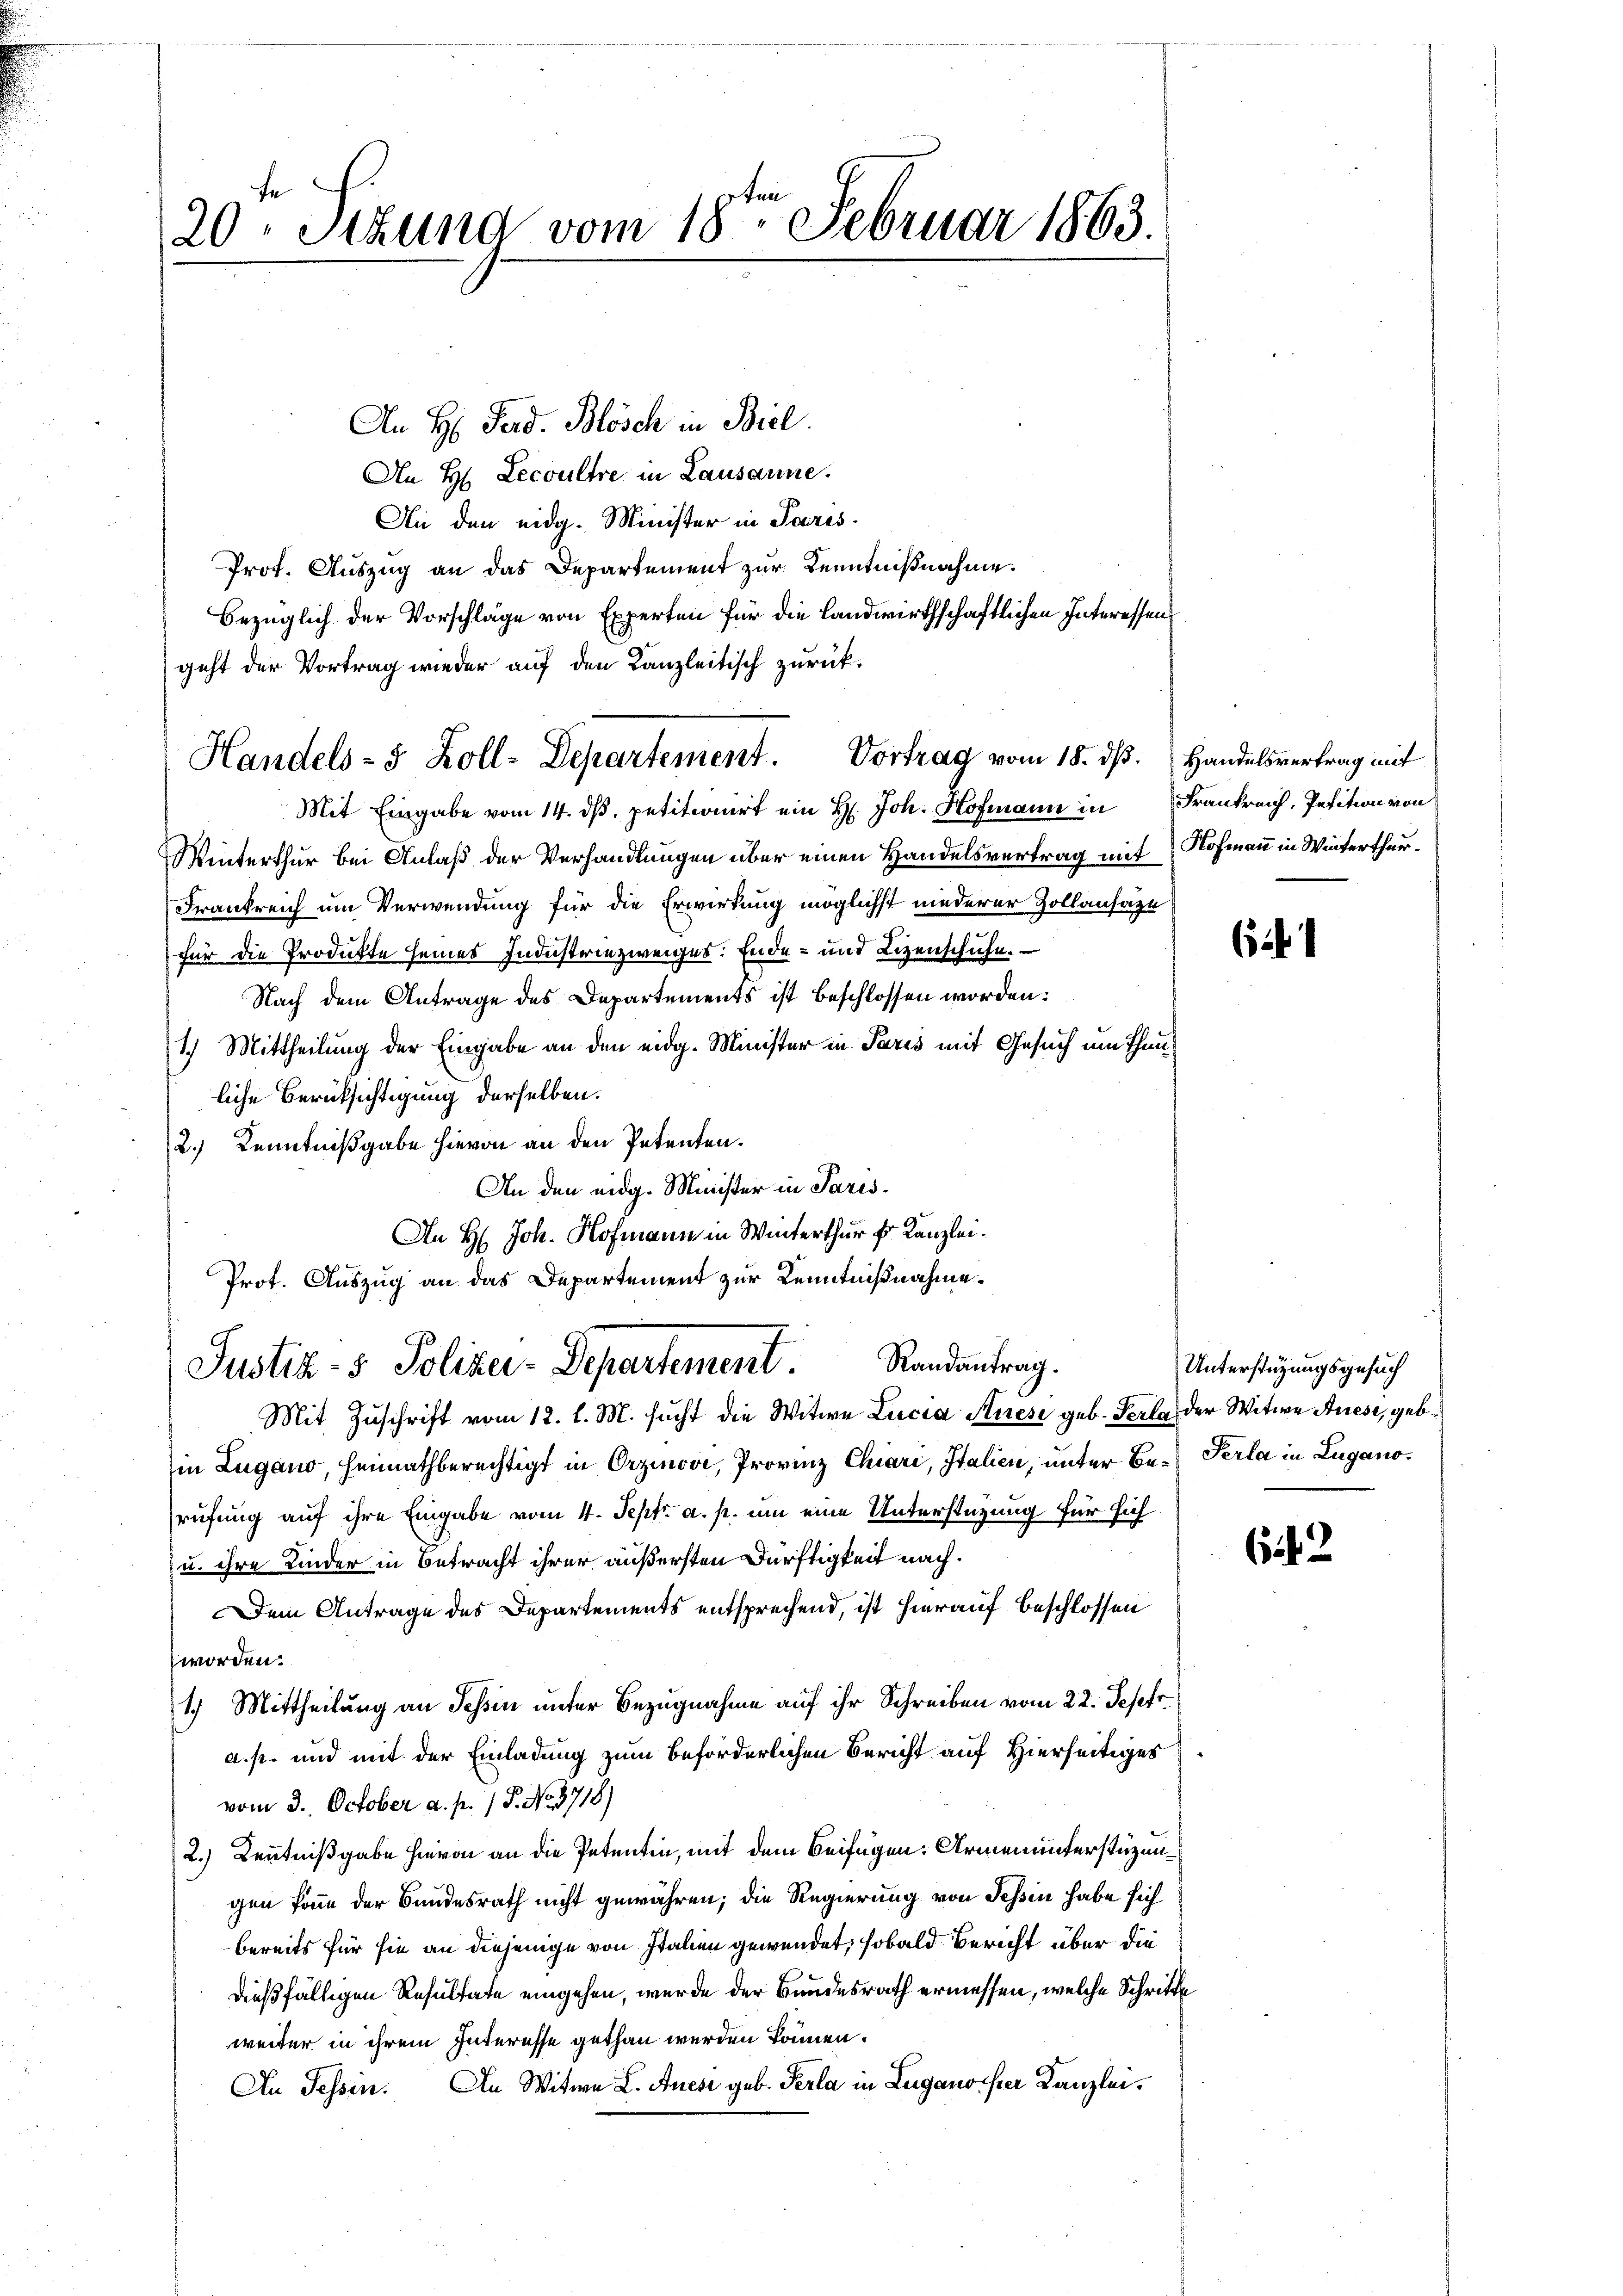
2

20. Sizung vom 18te͇n Februar 1863.

An H Lecoultre in Lausanne.
An den eidg. Minister in Paris
Prot. Auszug an das Departement zur Kenntnißnahme.
Bezüglich der Vorschläge von Experten für die landwirthschaftlichen Interessen
geht der Vortrag wieder auf den Kanzleitisch zurück.

Mit Eingabe vom 14. ds. petitionirt ein H. Joh. Hofmann in Frankreich, Petition von
Winterthur bei Anlaß der Verhandlungen über einen Handelsvertrag mit Hofmann in Winterthur¬
Frankreich um Verwendung für die Erwirkung möglichst niederer Zollansaze
für die Produkte seines Industriezweiges. Ende- und Lizenschuhe.
Nach dem Antrage des Departements ist beschlossen worden:
1.) Mittheilung der Eingabe an den eidg. Minister in Paris mit Gesuch um Thunliche Berüksichtigung derselben.
2.) Kenntnißgabe hievon an den Petenten.
An den eidg. Minister in Paris¬
An H. Joh. Hofmann in Winterthur fr. Kanzlei.
Prot. Auszug an das Departement zur Kenntnißnahme.

An H. Ferd. Blösch in Biel.

Handels- & Zoll-Departement. Vortrag vom 18. dß. Handelsvertrag mit

Justiz- & Polizei-Departement. Randantrag.

Mit Zŭschrift vom 12. l. M. sucht die Witwe Lucia Auesi geb. Perla, der Witwe Anese, geb.
in Lugano, heimathberechtigt in Erzinovi, Provinz Chiari, Italien, unter Be-Serla in Luganorufung auf ihre Eingabe vom 4. Sept. a. p. um eine Unterstüzung für sich
u. ihre Kinder in Betracht ihrer äußersten Dürftigkeit nach.
Dem Antrage des Departements entsprechend, ist hierauf beschlossen
worden.
1.) Mittheilung an Schin unter Bezugnahme auf ihr Schreiben vom 22. Sept.
a. p. und mit der Einladung zum beförderlichen Bericht auf Hierseitiges
vom 3. October a. p. 1 P. No. 3718)
2.) Kenntnißgabe hievon an die Petentin, mit dem Beifügen. Armenunterstüzungen könne der Bundesrath nicht gewähren; die Regierung von Tessin habe sich
bereits für sie an diejenige von Italien gewendet, sobald Bericht über die
dießfälligen Resultate eingehen, wurde der Bundesrath ermessen, welche Schritte
weiter in ihrem Interesse gethan werden können.
An Tessin. An Witwe L. Auesi geb. Perla in Luganosser Kanzlei.

i

Unterstützungsgesuch

642